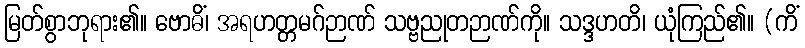
မြတ်စွာဘုရား၏။ ဗောဓိံ၊ အရဟတ္တမဂ်ဉာဏ် သဗ္ဗညုတဉာဏ်ကို။ သဒ္ဒဟတိ၊ ယုံကြည်၏။ (ကိံ